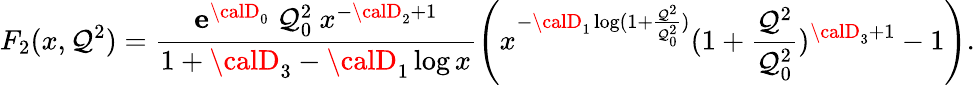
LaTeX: F_{2}(x,\mathcal{Q}^{2})=\frac{{{\mathbf{e}}^{{\calD}_{0}}~\mathcal{Q}_{0}^{2}~x^{-{\calD}_{2}+1}}}{{1+{\calD}_{3}-{\calD}_{1}\log{x}}}\left(x^{-{\calD}_{1}\log(1+\frac{{\mathcal{Q}^{2}}}{{\mathcal{Q}_{0}^{2}}})}(1+\frac{{\mathcal{Q}^{2}}}{{\mathcal{Q}_{0}^{2}}})^{{\calD}_{3}+1}-1\right).